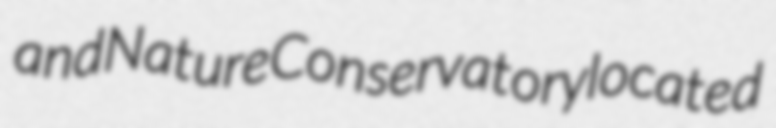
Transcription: and Nature Conservatory located